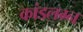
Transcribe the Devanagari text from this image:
कांडलग्न